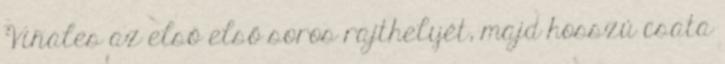
Viñales az első első soros rajthelyét, majd hosszú csata